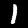
Digit: 1